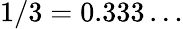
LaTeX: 1/3=0.333\ldots